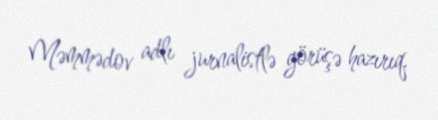
Məmmədov adlı jurnalistlə görüşə hazırıq.